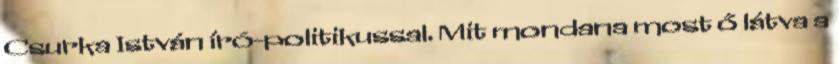
Csurka István író-politikussal. Mit mondana most ő látva a